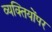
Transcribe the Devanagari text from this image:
व्यक्तियोंपर